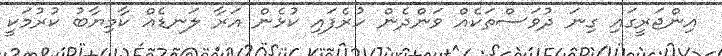
އިންޖަރީގައި ގިނަ ދުވަސްތަކެއް ވަންދެން ހުރެފައި ކުޅެން އަރާ ލަނޑެއް ކާމިޔާބު ކުރުމަކީ